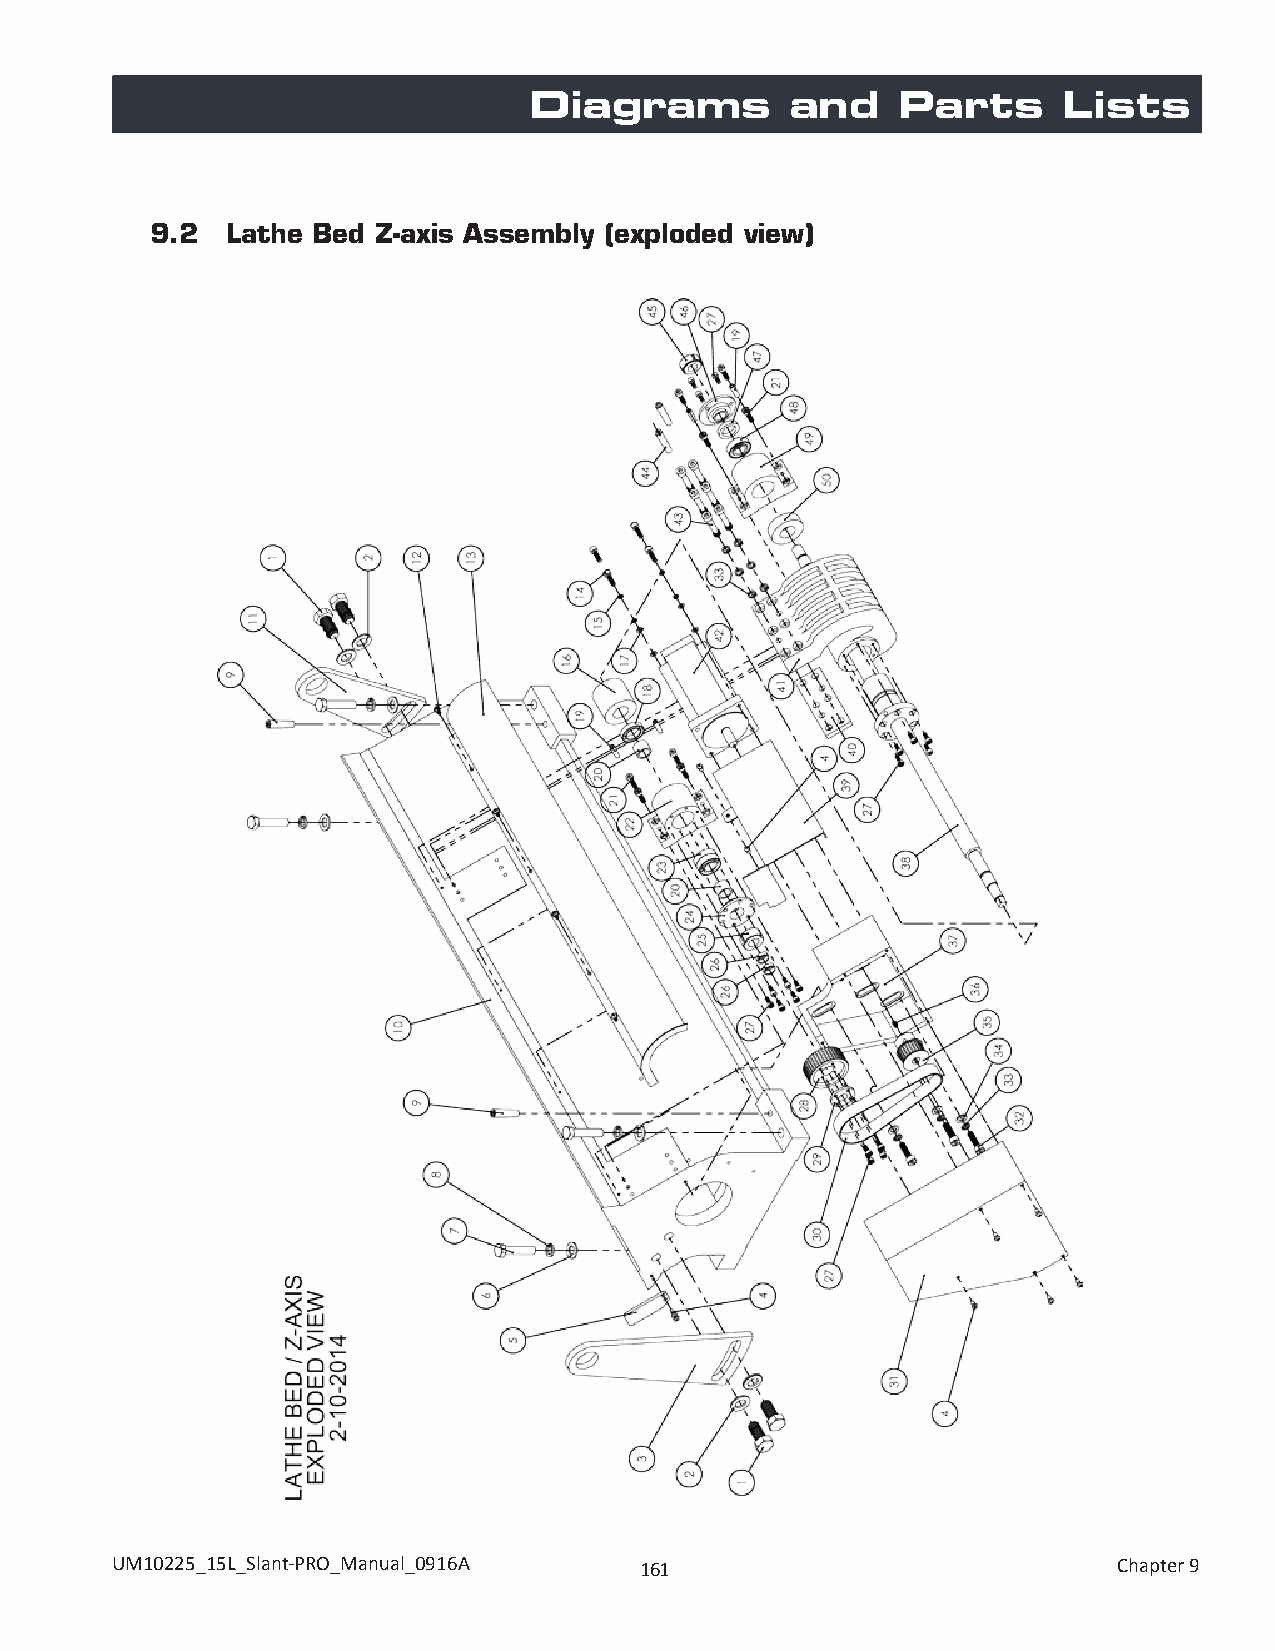
Diagrams         and     Parts     Lists
 9.2  Lathe Bed Z-axis Assembly (exploded view)
 UM10225_15L_Slant-PRO_Manual_0916A 161                             Chapter 9